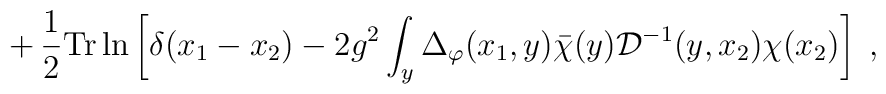
+\, \frac{1}{2} {\rm Tr} \ln \left[ \delta(x_1-x_2) - 2 g^2 \int_y \Delta_\varphi(x_1,y) {\bar \chi}(y){\mathcal D}^{-1}(y,x_2) \chi(x_2) \right] \;,